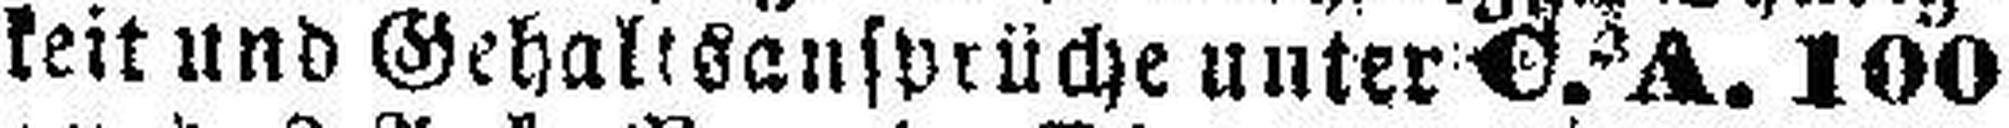
keit und Gehaltsansprüche unter C. A. 100